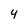
Character: 4